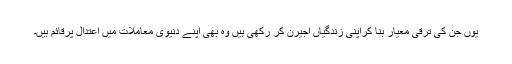
یوں جن کی ترقی معیار بنا کراپنی زندگیاں اجیرن کر رکھی ہیں وہ بھی اپنے دنیوی معاملات میں اعتدال پرقائم ہیں۔